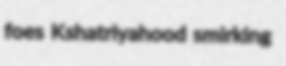
foes Kshatriyahood smirking